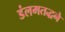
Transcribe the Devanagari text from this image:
डंलमतद्धने